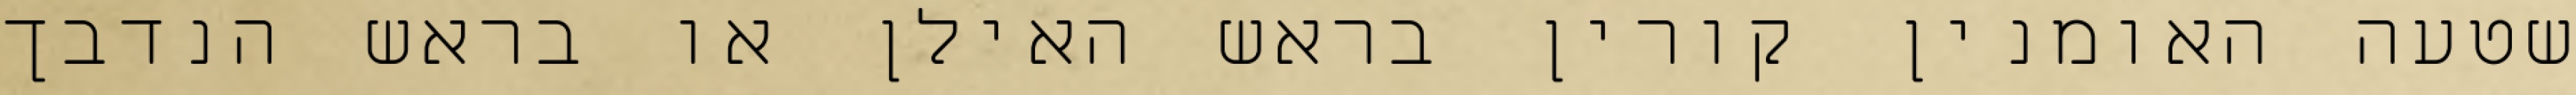
שטעה האומנין קורין בראש האילן או בראש הנדבך